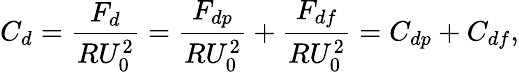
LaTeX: C_{d}=\frac{F_{d}}{RU_{0}^{2}}=\frac{F_{dp}}{RU_{0}^{2}}+\frac{F_{df}}{RU_{0}^{2}}=C_{dp}+C_{df},